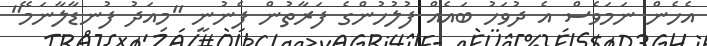
އެހެން ނަމަވެސް އެ ދުވަހު ބައެއް ފުލުހުންގެ ފަރާތުން ފެނުނީ "މިއަދު ފުނޑާލާނަމޭ"